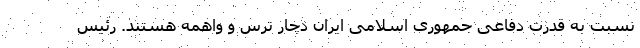
نسبت به قدرت دفاعی جمهوری اسلامی ایران دچار ترس و واهمه هستند. رئیس